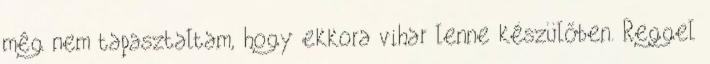
még nem tapasztaltam, hogy ekkora vihar lenne készülőben. Reggel